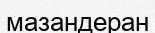
мазандеран